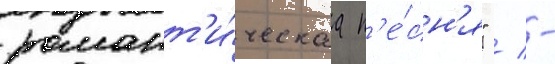
романт'и́ческаа п'е́сн'я" / -